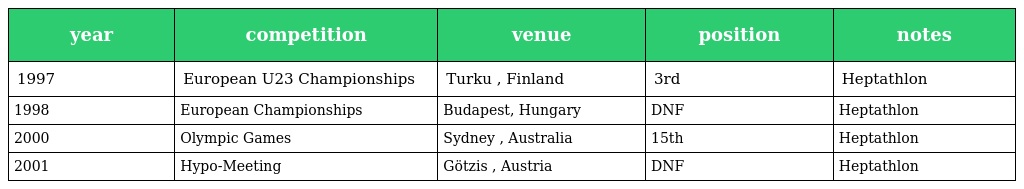
| year | competition | venue | position | notes |
 | --- | --- | --- | --- | --- |
 | 1997 | European U23 Championships | Turku , Finland | 3rd | Heptathlon |
 | 1998 | European Championships | Budapest, Hungary | DNF | Heptathlon |
 | 2000 | Olympic Games | Sydney , Australia | 15th | Heptathlon |
 | 2001 | Hypo-Meeting | Götzis , Austria | DNF | Heptathlon |